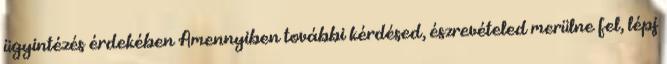
ügyintézés érdekében Amennyiben további kérdésed, észrevételed merülne fel, lépj